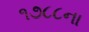
૧૭૮૮ના